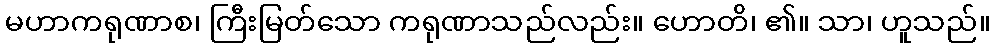
မဟာကရုဏာစ၊ ကြီးမြတ်သော ကရုဏာသည်လည်း။ ဟောတိ၊ ၏။ သာ၊ ဟူသည်။